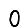
Digit: 0